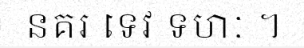
នគរ ទេវ ទហៈ ។